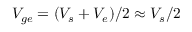
V _ { g e } = ( V _ { s } + V _ { e } ) / 2 \approx V _ { s } / 2